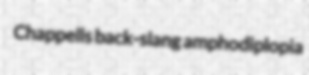
Chappells back-slang amphodiplopia